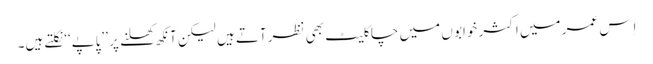
اِس عمر میں اکثر خوابو ں میں چاکلیٹ بھی نظر آتے ہیں لیکن آنکھ کھلنے پر ’’پاپے‘‘ نکلتے ہیں۔